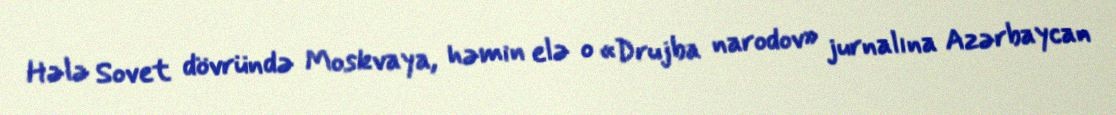
Hələ Sovet dövründə Moskvaya, həmin elə o «Drujba narodov» jurnalına Azərbaycan